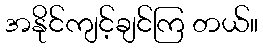
အနိုင်ကျင့်ချင်ကြ တယ်။